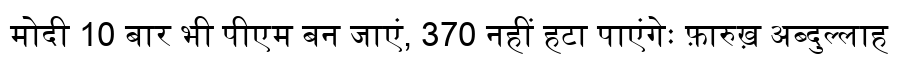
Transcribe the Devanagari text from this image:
मोदी 10 बार भी पीएम बन जाएं, 370 नहीं हटा पाएंगेः फ़ारुख़ अब्दुल्लाह